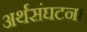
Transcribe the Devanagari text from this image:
अर्थसंघटना